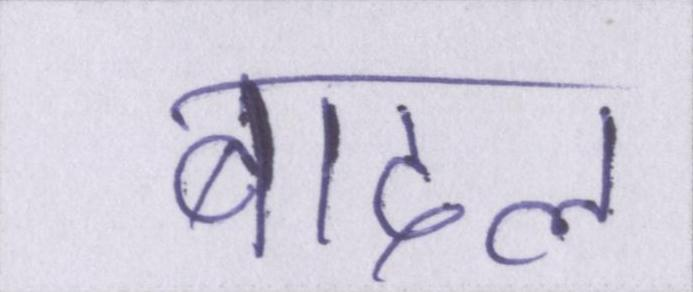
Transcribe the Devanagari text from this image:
बादल